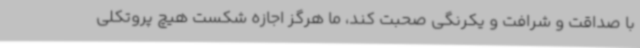
با صداقت و شرافت و یکرنگی صحبت کند، ما هرگز اجازه شکست هیچ پروتکلی